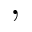
,